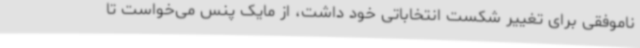
ناموفقی برای تغییر شکست انتخاباتی خود داشت، از مایک پنس می‌خواست تا